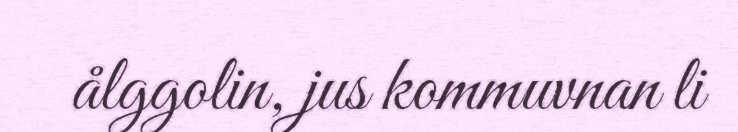
ålggolin, jus kommuvnan li